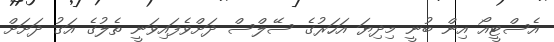
އެސްޓީއޯ އިން ބުނީ މިދިޔަ އަހަރުގެ ސޭލްސް ދަށްވެފައިވަނީ ތެލުގެ އަގު ދަށަށް